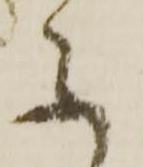
不